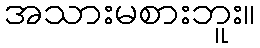
အသားမစားဘူး။